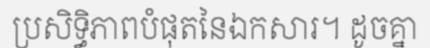
ប្រសិទ្ធិភាពបំផុតនៃឯកសារ។ ដូចគ្នា